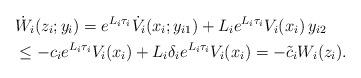
LaTeX: \begin{align*} &\dot W_i(z_i; y_i) = e^{L_i \tau_i} \dot V_i(x_i; y_{i1}) + L_i e^{L_i \tau_i} V_i(x_i)\, y_{i2} \\ &\leq -c_i e^{L_i \tau_i} V_i (x_i) + L_i \delta_i e^{L_i \tau_i} V_i(x_i) = -\tilde c_i W_i(z_i).\end{align*}